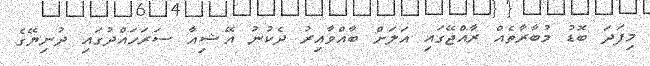
މިފަދަ ބޮޑު މުބާރާތެއް ރާއްޖޭގައި އަލަށް ބާއްވާއިރު ދެކުނު އޭޝިއާ ސަރަހައްދުގައި ދުނިޔޭގެ